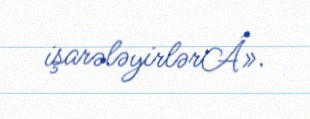
işarələyirlərÂ».